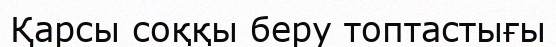
Қарсы соққы беру топтастығы